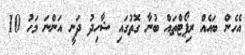
އެހެން ބައެއް ރިޕޯޓްތައް ބުނާ ގޮތުގައި ޝާހިދު ދަނީ އަންނަ މަހު 10